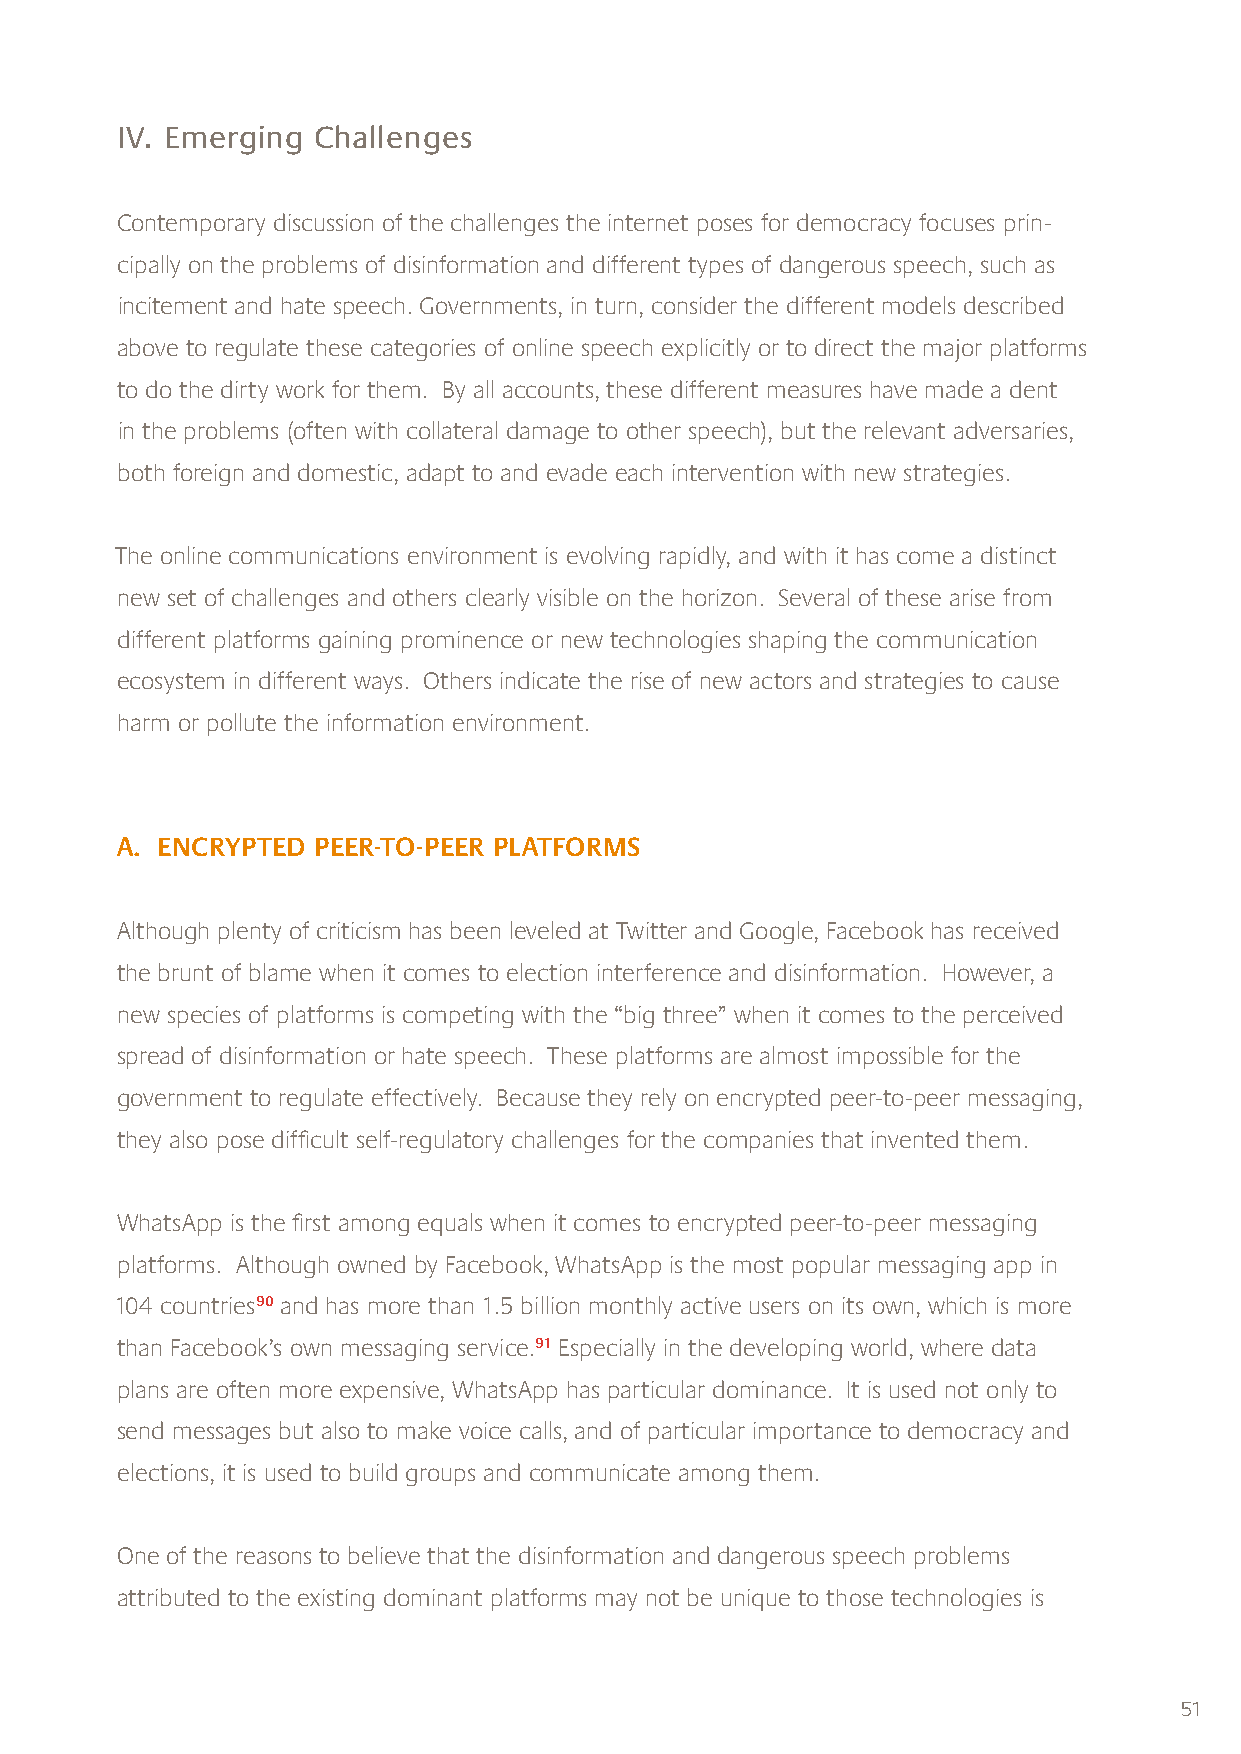
IV. Emerging Challenges
 Contemporary discussion of the challenges the internet poses for democracy focuses prin-
 cipally on the problems of disinformation and different types of dangerous speech, such as
 incitement and hate speech. Governments, in turn, consider the different models described
 above to regulate these categories of online speech explicitly or to direct the major platforms
 to do the dirty work for them. By all accounts, these different measures have made a dent
 in the problems (often with collateral damage to other speech), but the relevant adversaries,
 both foreign and domestic, adapt to and evade each intervention with new strategies.
 The online communications environment is evolving rapidly, and with it has come a distinct
 new set of challenges and others clearly visible on the horizon. Several of these arise from
 different platforms gaining prominence or new technologies shaping the communication
 ecosystem in different ways. Others indicate the rise of new actors and strategies to cause
 harm or pollute the information environment.
 A. ENCRYPTED PEER-TO-PEER PLATFORMS
 Although plenty of criticism has been leveled at Twitter and Google, Facebook has received
 the brunt of blame when it comes to election interference and disinformation. However, a
 new species of platforms is competing with the “big three” when it comes to the perceived
 spread of disinformation or hate speech. These platforms are almost impossible for the
 government to regulate effectively. Because they rely on encrypted peer-to-peer messaging,
 they also pose difficult self-regulatory challenges for the companies that invented them.
 WhatsApp is the first among equals when it comes to encrypted peer-to-peer messaging
 platforms. Although owned by Facebook, WhatsApp is the most popular messaging app in
 104 countries90 and has more than 1.5 billion monthly active users on its own, which is more
 than Facebook’s own messaging service.91 Especially in the developing world, where data
 plans are often more expensive, WhatsApp has particular dominance. It is used not only to
 send messages but also to make voice calls, and of particular importance to democracy and
 elections, it is used to build groups and communicate among them.
 One of the reasons to believe that the disinformation and dangerous speech problems
 attributed to the existing dominant platforms may not be unique to those technologies is
 51